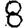
Digit: 8